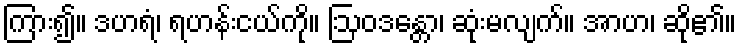
ကြား၍။ ဒဟရံ၊ ရဟန်းငယ်ကို။ ဩဝဒန္တော၊ ဆုံးမလျက်။ အာဟ၊ ဆို၏။